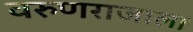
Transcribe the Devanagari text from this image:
वरुणराजाला